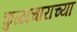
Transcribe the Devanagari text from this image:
कुळाचाराच्या